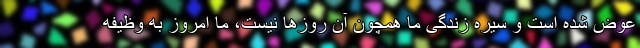
عوض شده است و سیره زندگی ما همچون آن روزها نیست، ما امروز به وظیفه